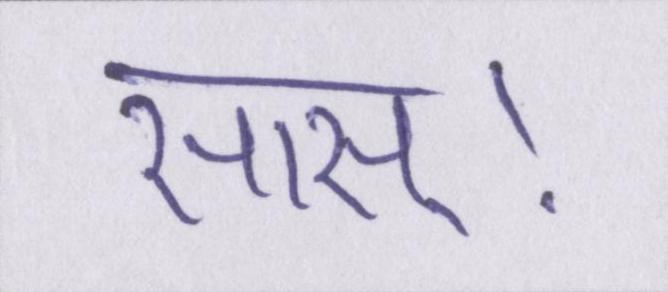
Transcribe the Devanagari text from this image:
सास्।